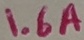
Text: 1.6A